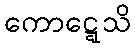
ကောဋ္ဋေသိ